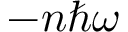
- n \hbar \omega